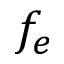
f _ { e }